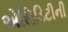
એસિડિટીની